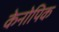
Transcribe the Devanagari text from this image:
केनोपिक